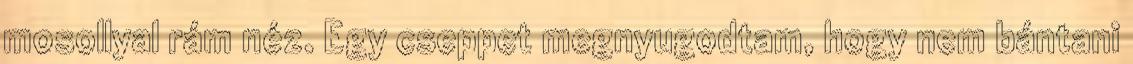
mosollyal rám néz. Egy cseppet megnyugodtam, hogy nem bántani